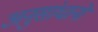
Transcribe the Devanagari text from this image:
अनुसांधानों